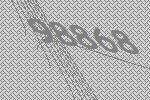
98868